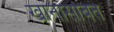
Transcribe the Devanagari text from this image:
खानासोबत